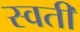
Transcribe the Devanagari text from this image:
स्वती